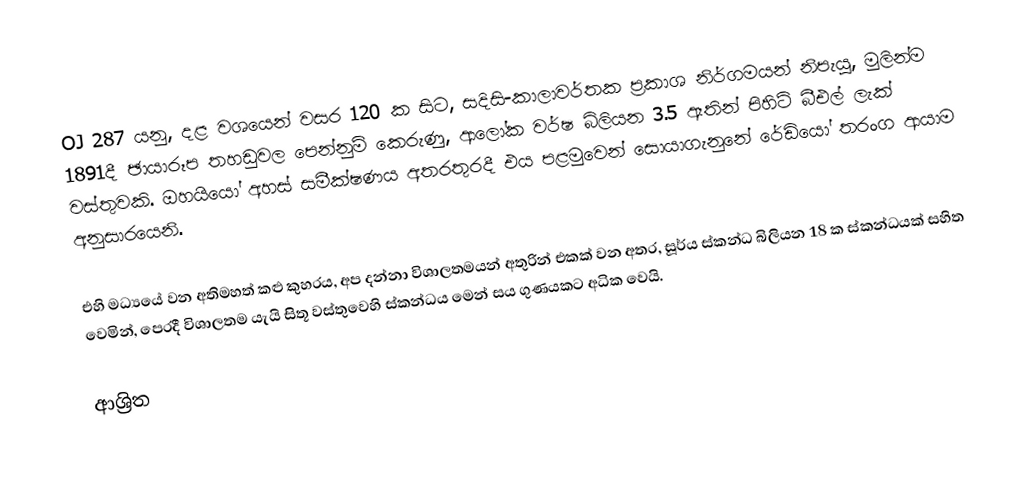
OJ 287 යනු,  දළ වශයෙන්  වසර 120 ක සිට,  සදිසි-කාලාවර්තක ප්‍රකාශ නිර්ගමයන් නිපැයූ, මුලින්ම 1891දී ඡායාරූප තහඩුවල පෙන්නුම් කෙරුණු,   ආලෝක වර්ෂ  බිලියන 3.5 ඈතින් පිහිටි බීඑල් ලැක් වස්තුවකි.  ඔහයියෝ අහස් සමීක්ෂණය අතරතුරදී එය පළමුවෙන් සොයාගැනුනේ රේඩියෝ තරංග ආයාම අනුසාරයෙනි.

එහි මධ්‍යයේ වන අතිමහත් කළු කුහරය, අප දන්නා විශාලතමයන් අතුරින් එකක් වන අතර, සූර්ය ස්කන්ධ බිලියන 18 ක ස්කන්ධයක් සහිත වෙමින්, පෙරදී විශාලතම යැයි සිතූ වස්තුවෙහි ස්කන්ධය මෙන් සය ගුණයකට අධික වෙයි.

ආශ්‍රිත